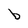
Character: b